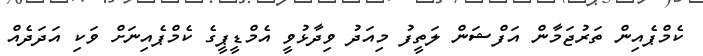
ކެމްޕެއިން ތަރުޖަމާން އަފްޝަން ލަތީފު މިއަދު ވިދާޅުވީ އެމްޑީޕީގެ ކެމްޕެއިނަށް ވަކި އަދަދެއް